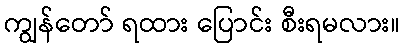
ကျွန်တော် ရထား ပြောင်း စီးရမလား။